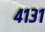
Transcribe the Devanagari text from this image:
४१३१